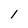
Character: 1